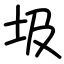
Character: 圾